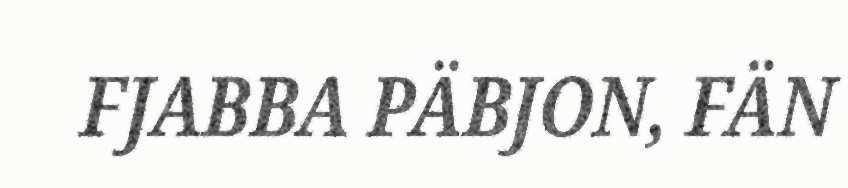
FJABBA PÄBJON, FÄN